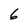
Character: 6